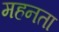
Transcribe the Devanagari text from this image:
महनता